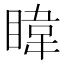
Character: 𪾳